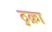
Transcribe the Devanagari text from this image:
ठुक्रा